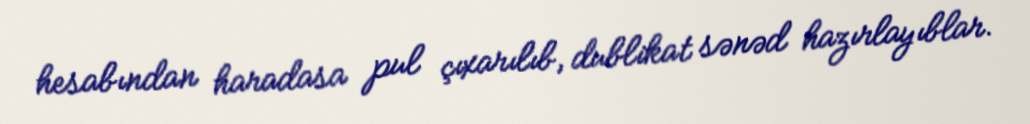
hesabından haradasa pul çıxarılıb, dublikat sənəd hazırlayıblar.